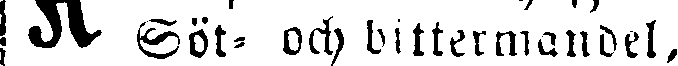
K Söt- och bittermandel,